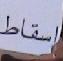
v